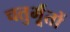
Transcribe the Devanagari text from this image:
चतुर्भूतों